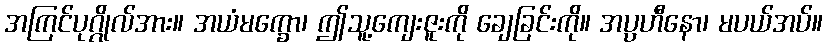
အကြင်ပုဂ္ဂိုလ်အား။ အယံမက္ခော၊ ဤသူ့ကျေးဇူးကို ချေခြင်းကို။ အပ္ပဟီနော၊ မပယ်အပ်။